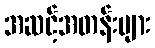
အဆင့်အတန်းများ